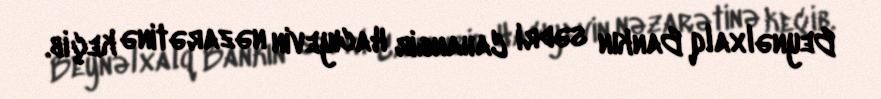
Beynəlxalq Bankın sədri Cahangir Hacıyevin nəzarətinə keçib.